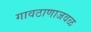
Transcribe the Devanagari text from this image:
गावठाणाजवळ